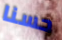
حسنا